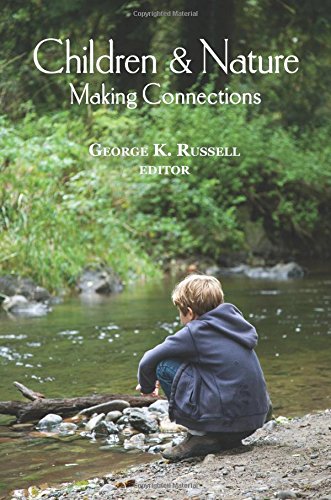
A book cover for Children & Nature: Making Connections; Richard Louv; Parenting & Relationships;